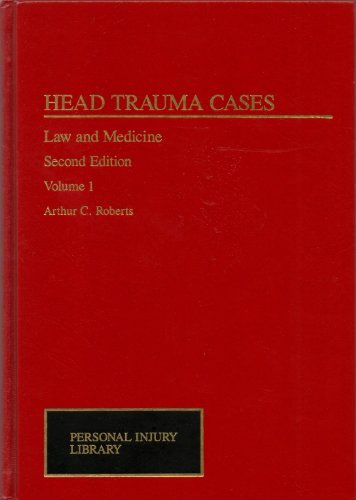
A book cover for Head Trauma Cases: Law and Medicine (2 Volumes); Arthur C. Roberts; Law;